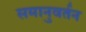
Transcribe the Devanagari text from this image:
समानुवर्तन